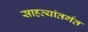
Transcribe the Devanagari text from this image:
साहत्यांतर्गत